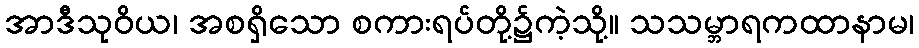
အာဒီသုဝိယ၊ အစရှိသော စကားရပ်တို့၌ကဲ့သို့။ သသမ္ဘာရကထာနာမ၊